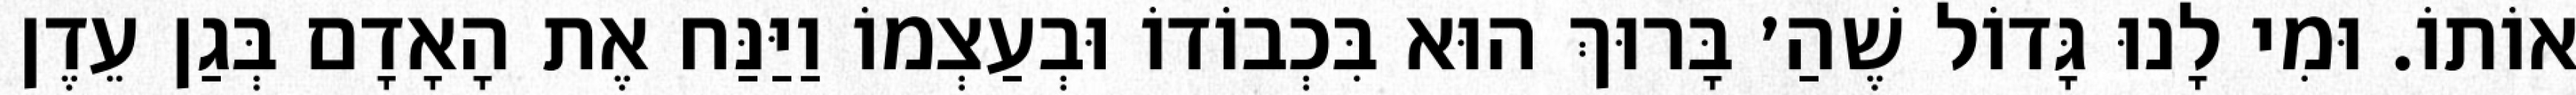
אוֹתוֹ. וּמִי לָנוּ גָּדוֹל שֶׁהַ׳ בָּרוּךְ הוּא בִּכְבוֹדוֹ וּבְעַצְמוֹ וַיַּנַּח אֶת הָאָדָם בְּגַן עֵדֶן